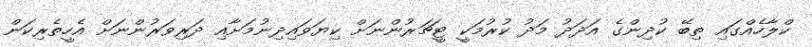
ކްލާހެއްގައި ތިބޭ ކުދިންގެ އަދަދު މަދު ކުރުމަކީ ޓީޗަރުންނަށް ކިޔަވައިދިނުމަށާއި ދަރިވަރުންނަށް އެހީތެރިކަން